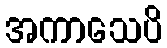
အကာသေပိ